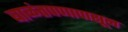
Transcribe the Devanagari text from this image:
बाळंतपणापासून